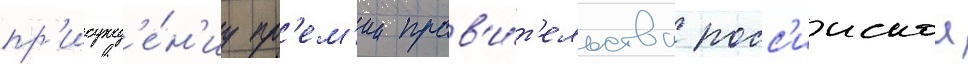
пр'исужд'е́н'иу пр'ем'ии прав'и́т'ельства росс'иискои